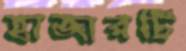
হাজারটি